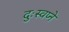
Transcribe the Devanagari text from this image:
दुःस्वप्ने